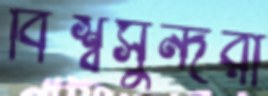
বিশ্বসুন্দরী